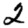
Digit: 2